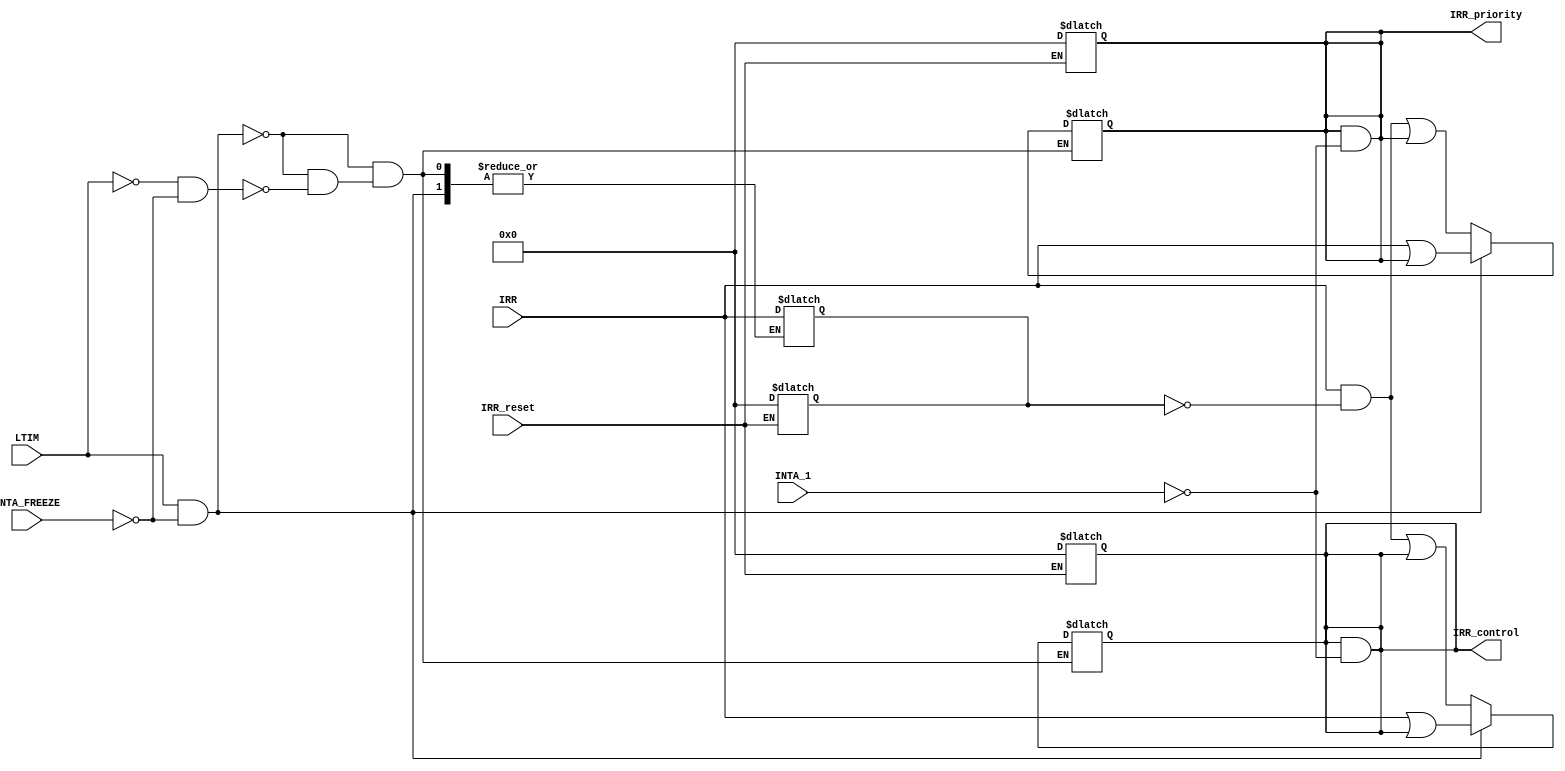

module IRR (
		input wire [7:0] IRR, //IR0 - IR7  From I/O
		input wire LTIM, // From control, 1 for level 0 for edge
		input wire IRR_reset, // From control for IR7 input to be 0 
		input wire INTA_FREEZE, // From control to freeze IRR
		input wire [7:0] INTA_1, // From priority_resolver to set the one we are working on
		
		output reg [7:0]  IRR_priority, // to priority resolver 
		output reg [7:0]  IRR_control // to control logic
	);
    
    reg [7:0] IRR_prev;  // Store previous value of IRR for edge detection


    always @(IRR_reset) begin
		if(IRR_reset) begin
			IRR_prev = 8'b0;
			IRR_priority = 8'b0;
			IRR_control = 8'b0;
		end
	end
	
	always @(INTA_1) begin
        IRR_priority = IRR_priority & (~INTA_1) ;
        IRR_control =  IRR_control  & (~INTA_1) ;
    end 
	
	
	 // the oring between the input value and the old value so that if there is an interrupt we didn't handle yet it should still be there
    always @(IRR) begin
		if (LTIM && INTA_FREEZE == 1'b0) begin
            // Level-triggered mode
            IRR_priority = IRR | IRR_priority;
			IRR_control = IRR | IRR_control;
        end else if (!LTIM && INTA_FREEZE == 1'b0) begin
            // Edge-triggered mode
			IRR_priority = (IRR & (~IRR_prev)) | IRR_priority;
			IRR_control = (IRR & (~IRR_prev)) | IRR_control;
            IRR_prev = IRR;  // Update the previous value for edge detection
        end
    end
	
endmodule




module IRR_tb();

	reg [7:0]IRR;
	reg LTIM;
	reg IRR_reset;
	reg INTA_FREEZE;
	reg [7:0]INTA_1;
	
	wire [7:0] IRR_control;
	wire [7:0] IRR_priority;
	
IRR test (
		// input
		.IRR(IRR),
		.LTIM(LTIM),
		.IRR_reset(IRR_reset),
		.INTA_FREEZE(INTA_FREEZE),
		.INTA_1(INTA_1),
		// output
		.IRR_control(IRR_control),
		.IRR_priority(IRR_priority)
);

initial begin
    IRR_reset = 1'b1;
	LTIM = 1'b1;
	INTA_FREEZE = 1'b0;
    #1000; // 1 nano
    
	// Level & Edge
    IRR_reset = 1'b0;
	LTIM = 1'b1; // level
	IRR = 8'b11111111;
    #1000;
        
	LTIM = 1'b1; // level
	IRR = 8'b00001111;
    #1000;
    
	LTIM = 1'b1; // level
	IRR = 8'b11110000;
    #1000;
       
	LTIM = 1'b0; // edge
	IRR = 8'b00000000;
    #1000;
    
	LTIM = 1'b0; // edge
	IRR = 8'b11110000;
    #1000;
    
	LTIM = 1'b0; // edge
	IRR = 8'b11000000;
    #1000;
	
	//INTA_1 .. set the bit we are handling now
	LTIM = 1'b1; // level
	IRR = 8'b11111100;
	#1000;
	
	LTIM = 1'b1; // level
	IRR = 8'b00000000;
	INTA_1 = 8'b11110000;
	#1000;
	
	
	// Freeze
	INTA_FREEZE = 1'b1;
	LTIM = 1'b1; // level
	IRR = 8'b11111111;
	#1000;
	
	INTA_FREEZE = 1'b1;
	LTIM = 1'b1; // level
	IRR = 8'b00001111;
	#1000;
	

end

initial begin
    $monitor("Time: %t, reset: %b, LTIM: %b, INTA_FREEZE: %b      IRR: %b %b %b %b %b %b %b %b,      IRR_control: %b %b %b %b %b %b %b %b", $time,IRR_reset,LTIM,INTA_FREEZE,IRR[7],IRR[6],IRR[5],IRR[4],IRR[3],IRR[2],IRR[1],IRR[0] ,IRR_control[7],IRR_control[6],IRR_control[5],IRR_control[4],IRR_control[3],IRR_control[2],IRR_control[1],IRR_control[0]);
    $timeformat(-9, 1, " ns", 10);
end

endmodule